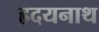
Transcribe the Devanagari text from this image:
ह्रदयनाथ